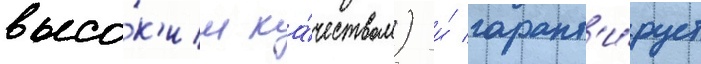
высо́к'им ка́чеством) и́ гарант'и́рует